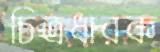
চিত্রধারক